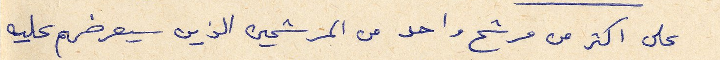
على اكثر من مرشح واحد من المرشحين الذين سيعرضهم عليه